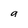
Character: a